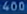
46000